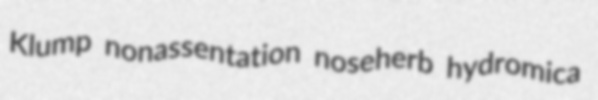
Klump nonassentation noseherb hydromica